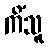
ကိံသူ